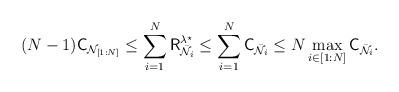
LaTeX: \begin{align*}(N-1)\mathsf{C}_{\mathcal{N}_{[1:N]}} \leq \sum_{i=1}^N {\mathsf{R}}^{\lambda^\star}_{\bar{\mathcal{N}}_i} &\leq \sum_{i=1}^N {\mathsf{C}}_{\bar{\mathcal{N}}_i} \leq N \max_{i\in [1:N]} {\mathsf{C}}_{\bar{\mathcal{N}}_i}.\end{align*}